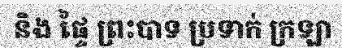
និង ផ្ទៃ ព្រះបាទ ប្រទាក់ ក្រឡា